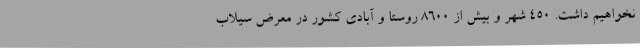
نخواهیم داشت. 450 شهر و بیش از 8600 روستا و آبادی کشور در معرض سیلاب